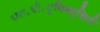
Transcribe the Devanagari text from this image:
यस॰वी॰यूनिवर्सिटी